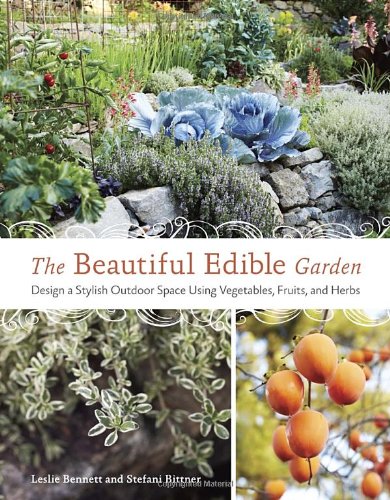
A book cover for The Beautiful Edible Garden: Design A Stylish Outdoor Space Using Vegetables, Fruits, and Herbs; Leslie Bennett; Crafts, Hobbies & Home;